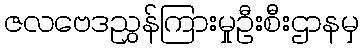
ဇလဗေဒညွှန်ကြားမှုဦးစီးဌာနမှ